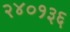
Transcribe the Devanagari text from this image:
२४०१३६